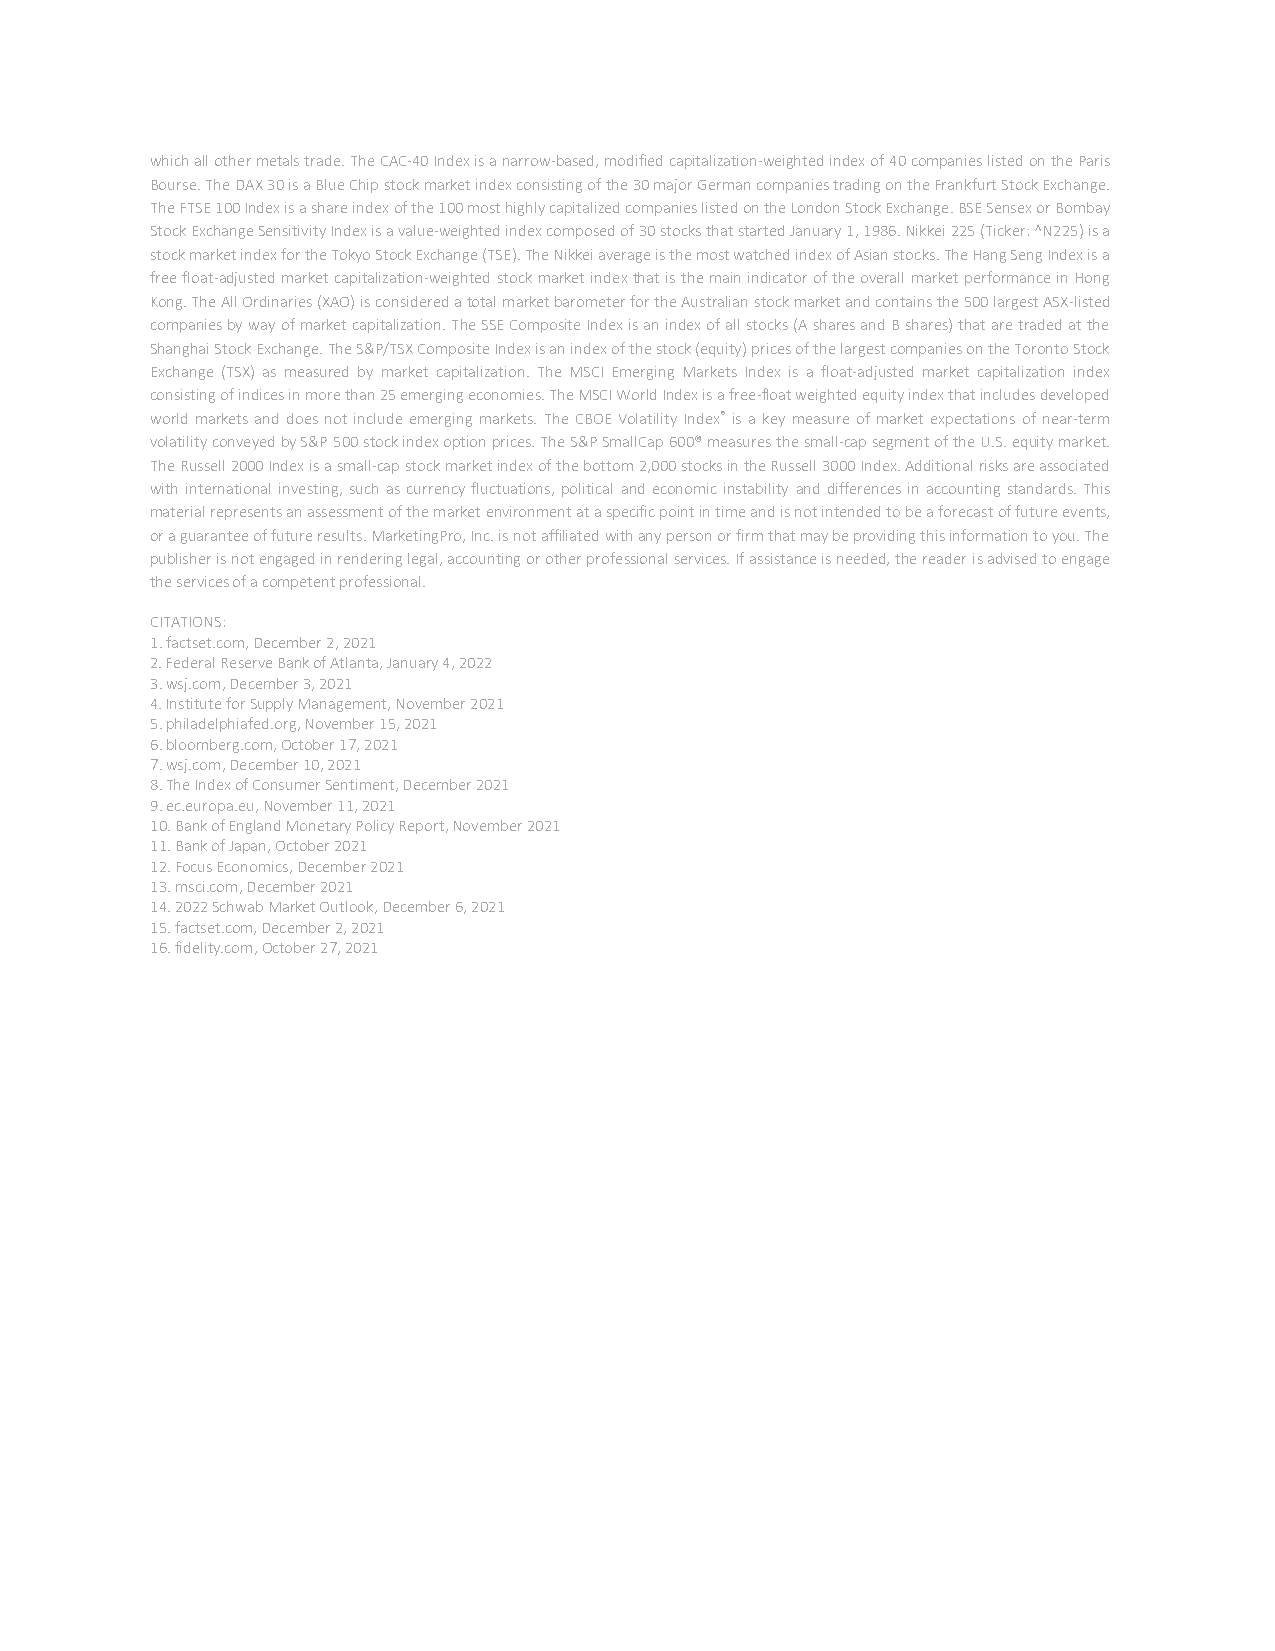
which all other metals trade. The CAC-40 Index is a narrow-based, modified capitalization-weighted index of 40 companies listed on the Paris
 Bourse. The DAX 30 is a Blue Chip stock market index consisting of the 30 major German companies trading on the Frankfurt Stock Exchange.
 The FTSE 100 Index is a share index of the 100 most highly capitalized companies listed on the London Stock Exchange. BSE Sensex or Bombay
 Stock Exchange Sensitivity Index is a value-weighted index composed of 30 stocks that started January 1, 1986. Nikkei 225 (Ticker: ^N225) is a
 stock market index for the Tokyo Stock Exchange (TSE). The Nikkei average is the most watched index of Asian stocks. The Hang Seng Index is a
 free float-adjusted market capitalization-weighted stock market index that is the main indicator of the overall market performance in Hong
 Kong. The All Ordinaries (XAO) is considered a total market barometer for the Australian stock market and contains the 500 largest ASX-listed
 companies by way of market capitalization. The SSE Composite Index is an index of all stocks (A shares and B shares) that are traded at the
 Shanghai Stock Exchange. The S&P/TSX Composite Index is an index of the stock (equity) prices of the largest companies on the Toronto Stock
 Exchange (TSX) as measured by market capitalization. The MSCI Emerging Markets Index is a float-adjusted market capitalization index
 consisting of indices in more than 25 emerging economies. The MSCI World Index is a free-float weighted equity index that includes developed
 world markets and does not include emerging markets. The CBOE Volatility Index® is a key measure of market expectations of near-term
 volatility conveyed by S&P 500 stock index option prices. The S&P SmallCap 600® measures the small-cap segment of the U.S. equity market.
 The Russell 2000 Index is a small-cap stock market index of the bottom 2,000 stocks in the Russell 3000 Index. Additional risks are associated
 with international investing, such as currency fluctuations, political and economic instability and differences in accounting standards. This
 material represents an assessment of the market environment at a specific point in time and is not intended to be a forecast of future events,
 or a guarantee of future results. MarketingPro, Inc. is not affiliated with any person or firm that may be providing this information to you. The
 publisher is not engaged in rendering legal, accounting or other professional services. If assistance is needed, the reader is advised to engage
 the services of a competent professional.
 CITATIONS:
 1. factset.com, December 2, 2021
 2. Federal Reserve Bank of Atlanta, January 4, 2022
 3. wsj.com, December 3, 2021
 4. Institute for Supply Management, November 2021
 5. philadelphiafed.org, November 15, 2021
 6. bloomberg.com, October 17, 2021
 7. wsj.com, December 10, 2021
 8. The Index of Consumer Sentiment, December 2021
 9. ec.europa.eu, November 11, 2021
 10. Bank of England Monetary Policy Report, November 2021
 11. Bank of Japan, October 2021
 12. Focus Economics, December 2021
 13. msci.com, December 2021
 14. 2022 Schwab Market Outlook, December 6, 2021
 15. factset.com, December 2, 2021
 16. fidelity.com, October 27, 2021